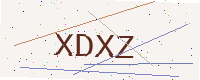
Text: XDXZ